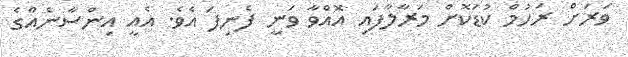
ވަރަށް ރަހުމް ކުޑަކޮށް މަރާލާފައި އޮއްވާ ވަނީ ފެނިފަ އެެވެ. އެއީ އިންސާނެއްގެ